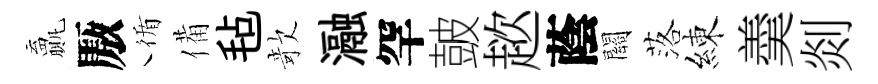
贏厫循備毡欹瀜罕皷趑蔭關落練羮剡